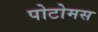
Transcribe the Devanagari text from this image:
पोटोमस